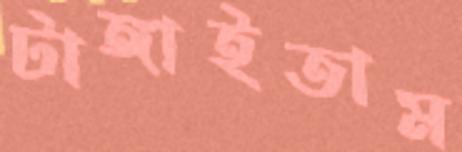
টাঙ্গাইতাম